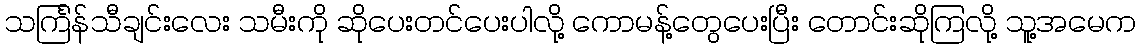
သင်္ကြန်သီချင်းလေး သမီးကို ဆိုပေးတင်ပေးပါလို့ ကောမန့်တွေပေးပြီး တောင်းဆိုကြလို့ သူ့အမေက